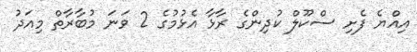
އިއްޔެ ފެށި ސްކޫލް ކުދިންގެ ރާޅާ އެޅުމުގެ 2 ވަނަ މުބާރާތް މިއަދު